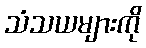
သံသယများကို